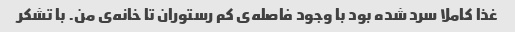
غذا کاملا سرد شده بود با وجود فاصله‌ی کم رستوران تا خانه‌ی من. با تشکر